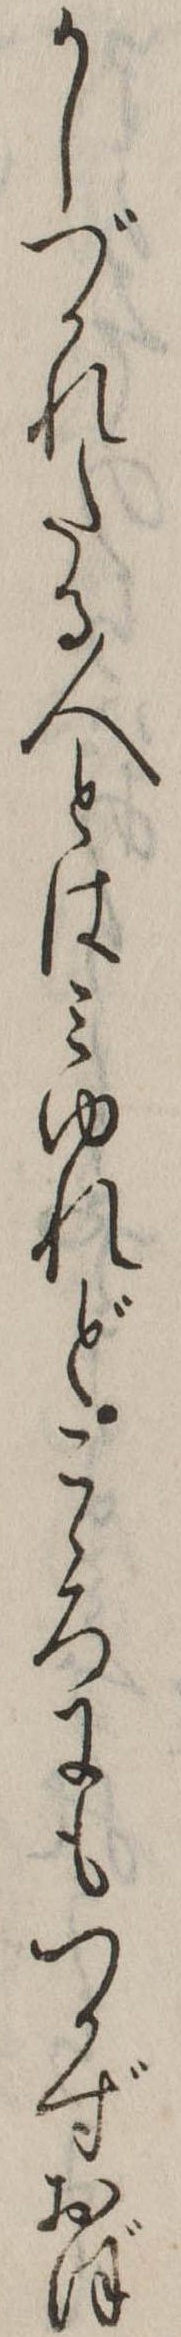
かしづかれたる人とはみゆれどこゝろにもつかずおぼ